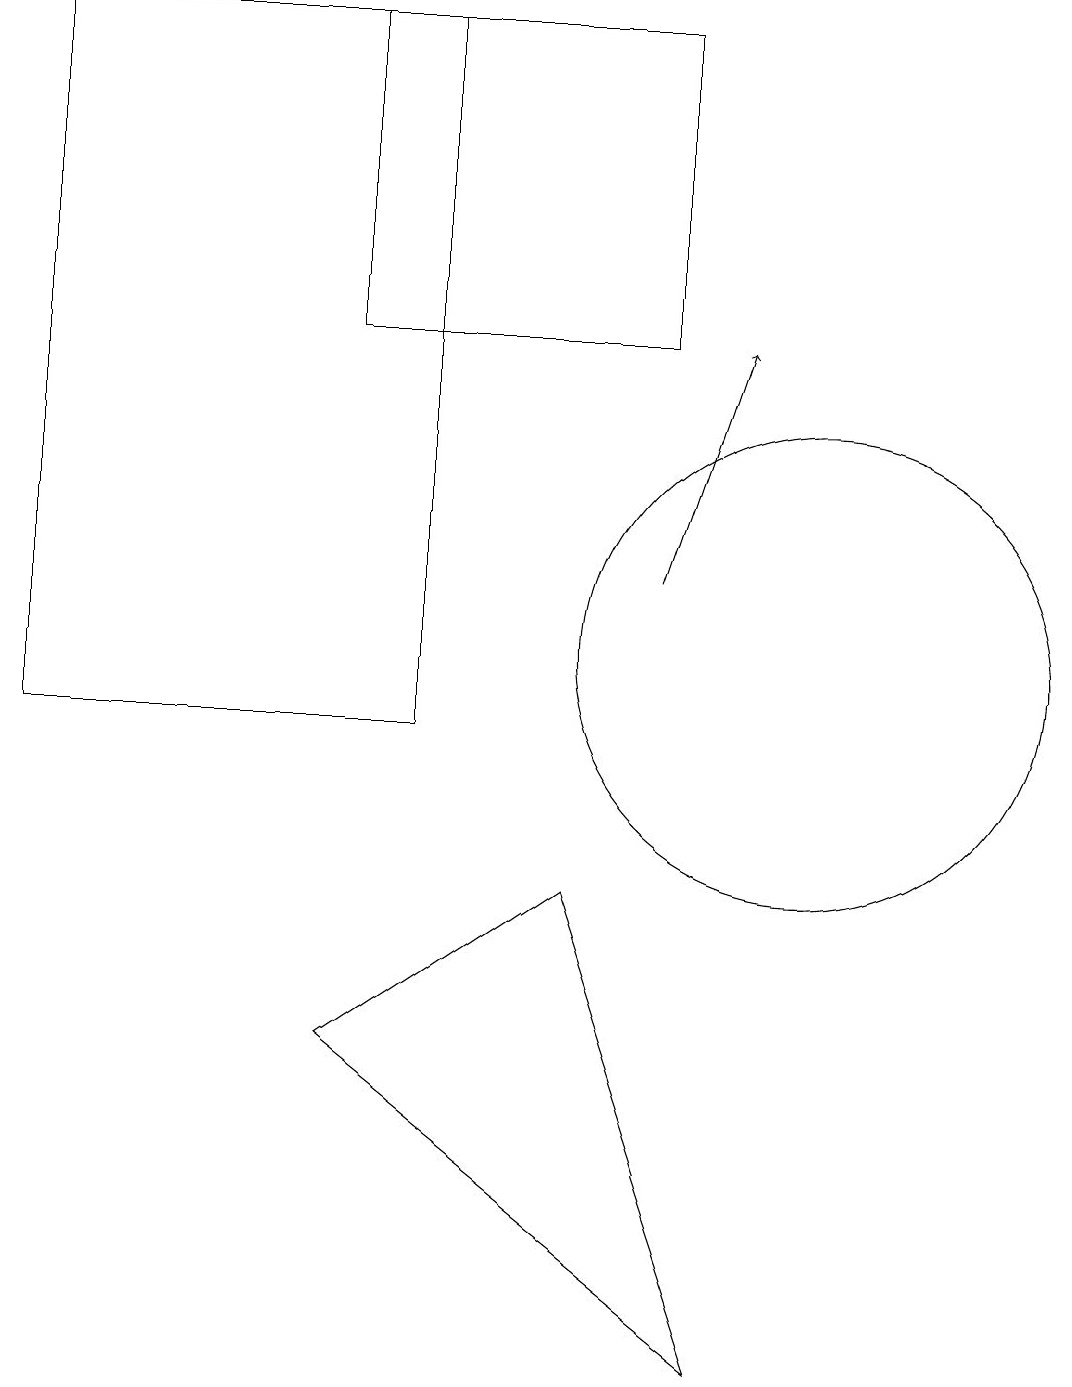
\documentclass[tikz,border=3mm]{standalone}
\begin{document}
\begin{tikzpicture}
\draw (9,2) -- (4,6) -- (7,8) -- cycle;
\draw[->] (8,12) -- (9,15);
\draw (11,12) circle (0);
\draw (10,11) circle (3);
\draw (4,19) rectangle (8,15);
\draw (0,10) rectangle (5,19);
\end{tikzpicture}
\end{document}